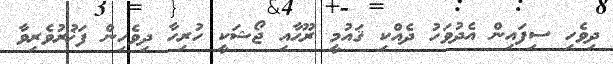
ދިވެހި ސިފައިން އެދުވަހު ދެއްކި ޤައުމީ ރޫޙާއި ޖޯޝަކީ ހުރިހާ ދިވެހިން ފަޚުރުވެރިވާ